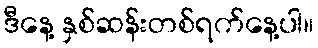
ဒီနေ့ နှစ်ဆန်းတစ်ရက်နေ့ပါ။